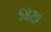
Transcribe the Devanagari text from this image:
५९२९